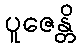
ပူဇေန္တိ